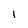
Character: l